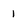
Character: 1